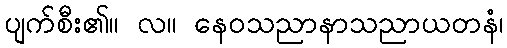
ပျက်စီး၏။ လ။ နေဝသညာနာသညာယတနံ၊